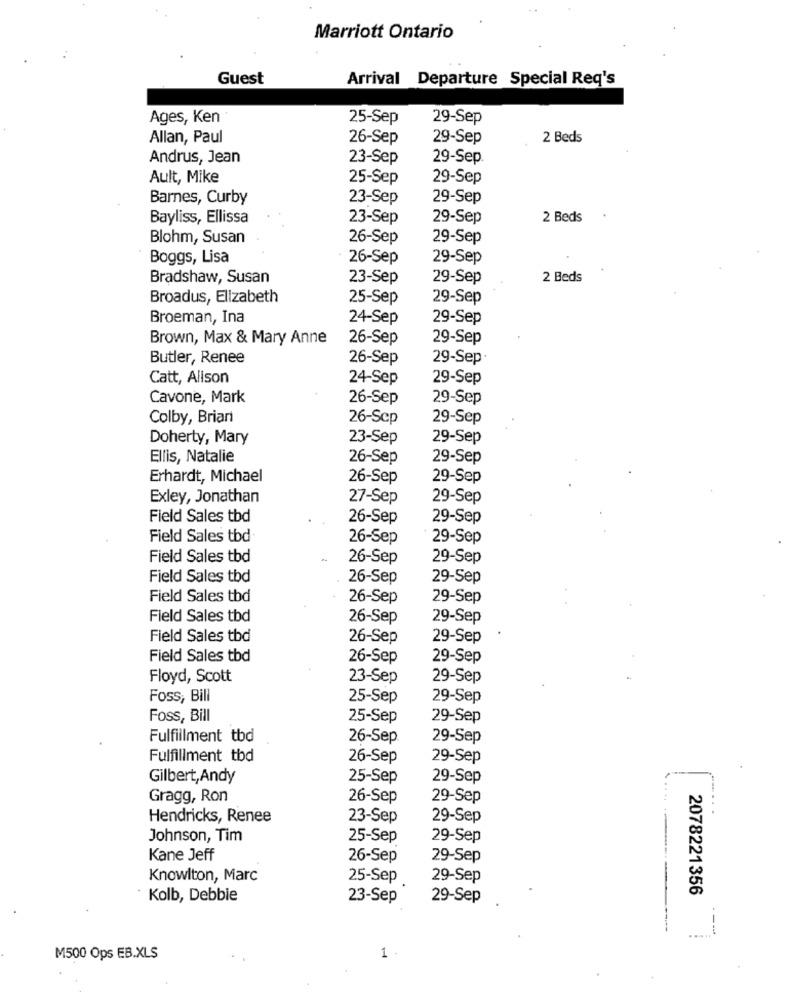
Marriott Ontario
Guest
Arrival Departure Special Req's
Ages, Ken
25-Sep
29-Sep
Allan, Paul
26-Sep
29-Sep
2 Beds
Andrus, Jean
23-Sep
29-Sep.
Ault, Mike
25-Sep
29-Sep
Barnes, Curby
23-Sep
29-Sep
Bayliss, Ellissa
23-Sep
29-Sep
2 Beds
Blohm, Susan
26-Sep
29-Sep
Boggs, Lisa
26-Sep
29-Sep
Bradshaw, Susan
23-Sep
29-Sep
2 Beds
Broadus, Elizabeth
25-Sep
29-Sep
Broeman, Ina
24-Sep
29-Sep
Brown, Max & Mary Anne
26-Sep
29-Sep
Butler, Renee
26-Sep
29-Sep
Catt, Alison
24-Sep
29-Sep
Cavone, Mark
26-Sep
29-Sep
Colby, Brian
26-Scp
29-Sep
Doherty, Mary
23-Sep
29-Sep
Ellis, Natalie
26-Sep
29-Sep
Erhardt, Michael
26-Sep
29-Sep
Exley, Jonathan
27-Sep
29-Sep
Field Sales tbd
26-Sep
29-Sep
Field Sales tbd
26-Sep
29-Sep
Field Sales tbd
26-Sep
29-Sep
Field Sales tbd
26-Sep
29-Sep
Field Sales tbd
26-Sep
29-Sep
Field Sales tbd
26-Sep
29-Sep
Field Sales tbd
26-Sep
29-Sep
Field Sales tbd
26-Sep
29-Sep
Floyd, Scott
23-Sep
29-Sep
Foss, Bill
25-Sep
29-Sep
Foss, Bill
25-Sep
29-Sep
Fulfillment tbd
26-Sep
29-Sep
Fulfillment tbd
26-Sep
29-Sep
Gilbert,Andy
25-Sep
29-Sep
Gragg, Ron
26-Sep
29-Sep
Hendricks, Renee
23-Sep
29-Sep
Johnson, Tim
25-Sep
29-Sep
Kane Jeff
26-Sep
29-Sep
Knowlton, Marc
25-Sep
29-Sep
2078221356
Kolb, Debbie
23-Sep
29-Sep
1 .
M500 Ops EB.XLS